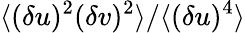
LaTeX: \langle{(\delta u)^{2}(\delta v)^{2}}\rangle/\langle{(\delta u)^{4}}\rangle